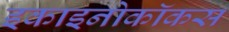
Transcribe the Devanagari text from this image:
इकाइनोकॉकस